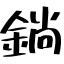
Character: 鋿